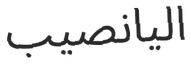
اليانصيب